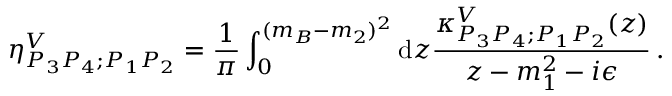
\eta _ { P _ { 3 } P _ { 4 } ; P _ { 1 } P _ { 2 } } ^ { V } = { \frac { 1 } { \pi } } \int _ { 0 } ^ { ( m _ { B } - m _ { 2 } ) ^ { 2 } } { \mathrm d } z { \frac { \kappa _ { P _ { 3 } P _ { 4 } ; P _ { 1 } P _ { 2 } } ^ { V } ( z ) } { z - m _ { 1 } ^ { 2 } - i \epsilon } } \, .